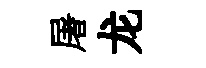
屠龙